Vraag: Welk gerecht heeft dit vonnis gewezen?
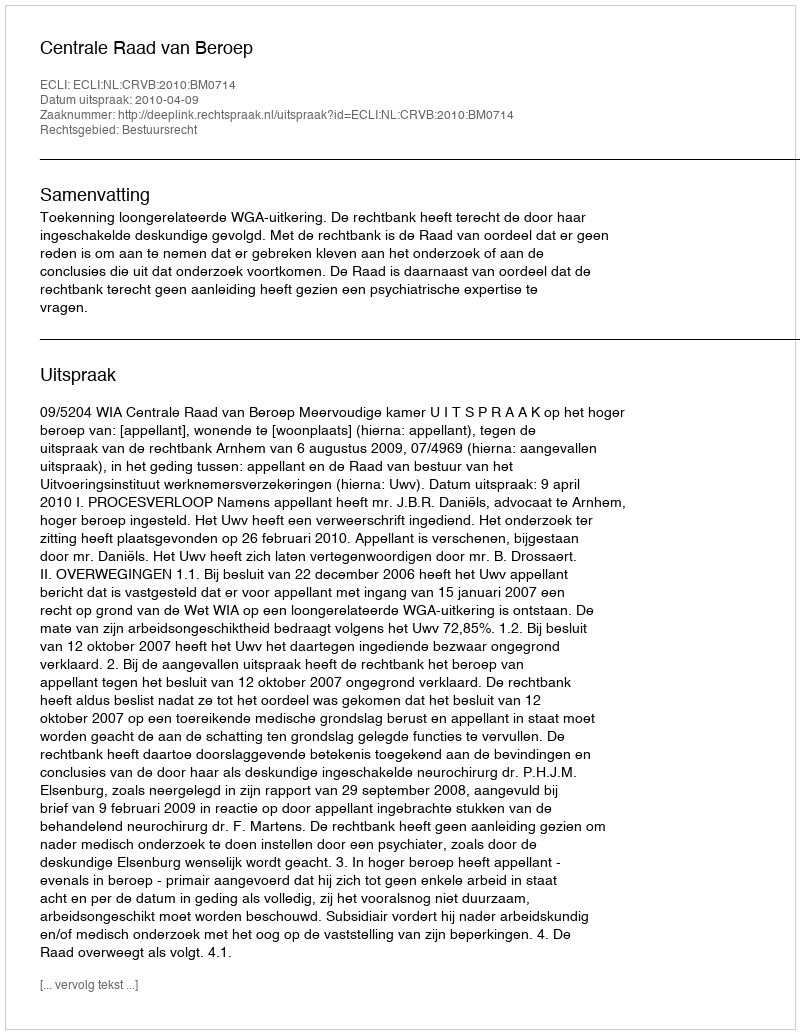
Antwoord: Centrale Raad van Beroep